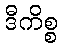
ဒီကိစ္စ